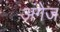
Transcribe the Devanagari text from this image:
अंगेज